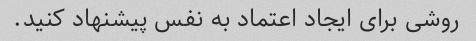
روشی برای ایجاد اعتماد به نفس پیشنهاد کنید.